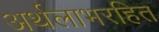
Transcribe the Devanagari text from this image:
अर्थलाभरहित